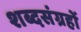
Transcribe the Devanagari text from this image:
शब्दसंग्रहों